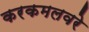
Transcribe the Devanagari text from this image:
करकमलवरे